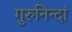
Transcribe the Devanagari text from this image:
गुरुनिन्दां